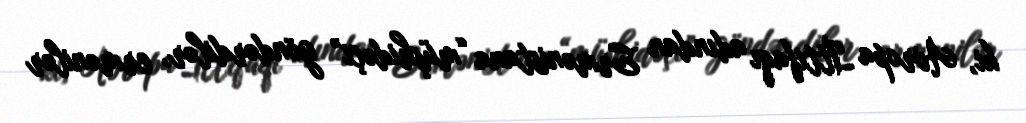
ki, Avropa İttifaqı adından Ermənistana “müşhidəçi” göndərdilər, ermənilər